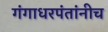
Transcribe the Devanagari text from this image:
गंगाधरपंतांनीच